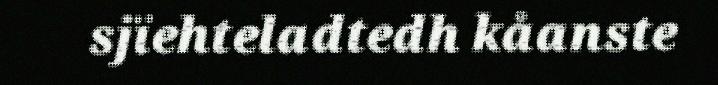
sjïehteladtedh kåanste